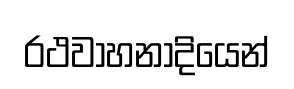
රථවාහනාදියෙන්